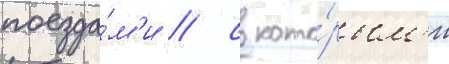
поезда́м'и / с кото́рым'и